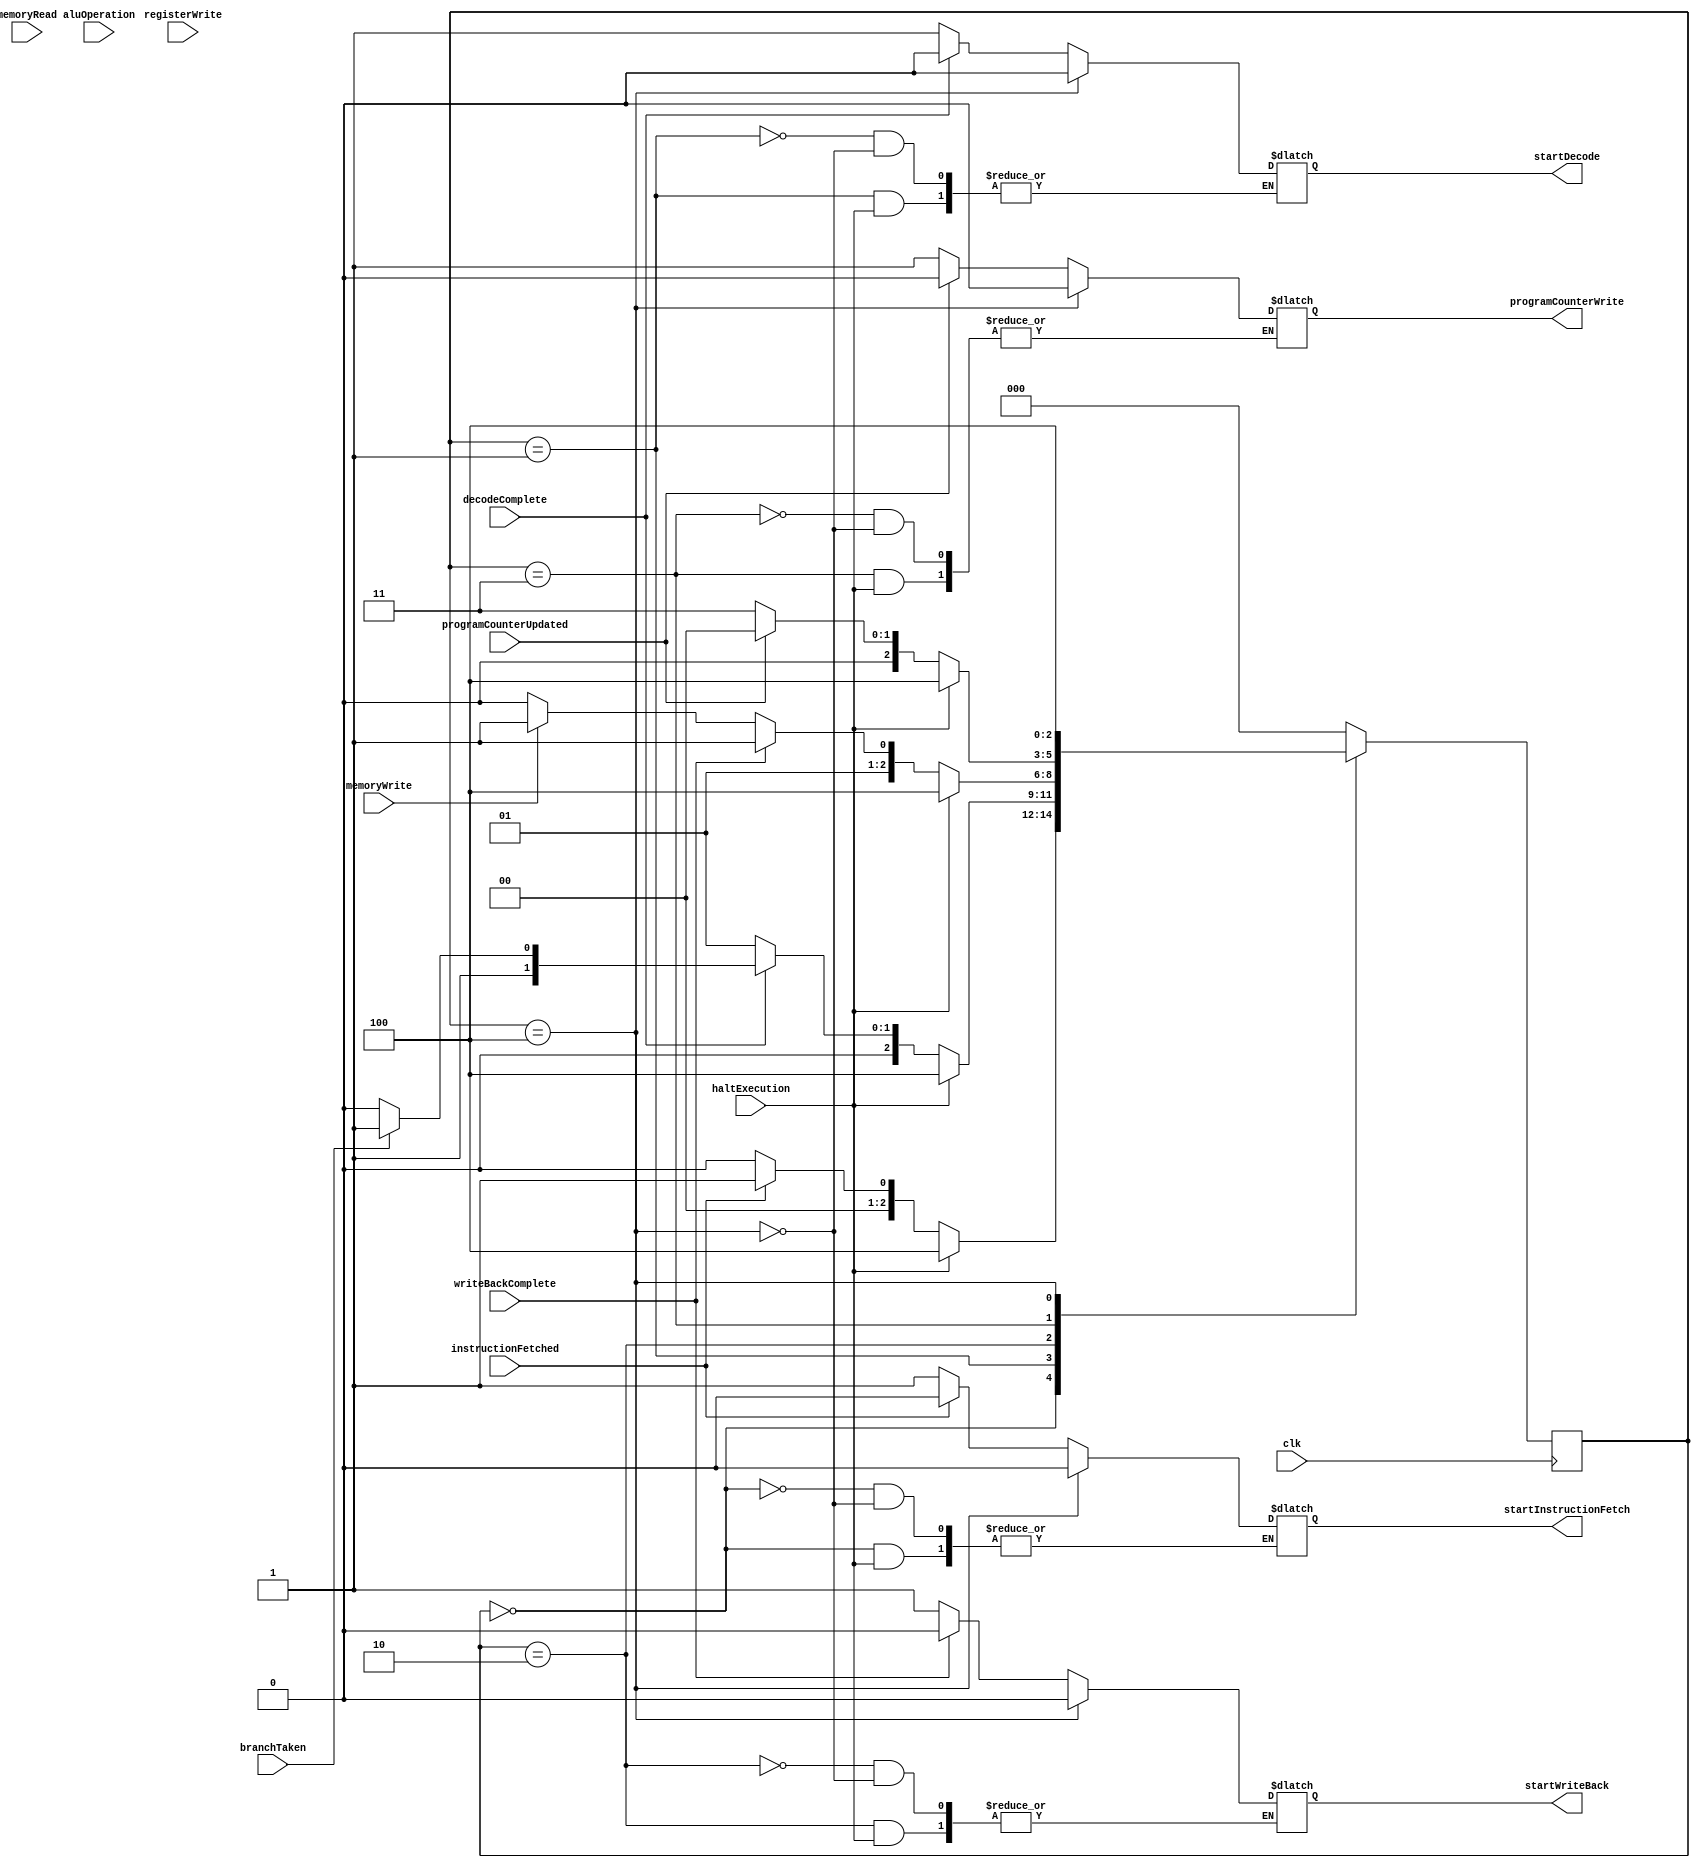
`timescale 1ns / 1ps

module ControlUnit(
    input wire clk,
    input wire programCounterUpdated,
    input wire instructionFetched,
    input wire registerWrite,
    input wire branchTaken,
    input wire haltExecution,
    input wire  memoryWrite, memoryRead,
    input wire decodeComplete, writeBackComplete,
    input wire [4:0] aluOperation,
    output reg startDecode,
    output reg programCounterWrite,
    output reg startInstructionFetch, startWriteBack
);

    reg [2:0] currentState, nextState;
    parameter Fetch = 3'd0, Decode = 3'd1, WriteBack = 3'd2, UpdatePC = 3'd3, HaltState = 3'd4;

    always @(currentState, haltExecution, programCounterUpdated, decodeComplete, instructionFetched, writeBackComplete, branchTaken, memoryWrite) begin
        case (currentState)
            // Instruction Fetch State
            Fetch: begin
                if (haltExecution)
                    nextState <= HaltState;
                else begin
                    startInstructionFetch <= 1;
                    if (instructionFetched) begin
                        nextState <= Decode;
                        startInstructionFetch <= 0;
                    end
                    else 
                        nextState <= Fetch;
                end
            end
            // Instruction Decode State
            Decode: begin
                if (haltExecution)
                    nextState <= HaltState;
                else begin
                    startDecode <= 1;
                    if (decodeComplete) begin
                        if (branchTaken == 1) begin
                            nextState <= UpdatePC;
                            startDecode <= 0;
                        end
                        else begin
                            nextState <= WriteBack;
                            startDecode <= 0;
                        end
                    end        
                    else
                        nextState <= Decode;                            
                end
            end
            // Write Back State
            WriteBack: begin
                if (haltExecution)
                    nextState <= HaltState;
                else begin
                    startWriteBack <= 1;
                    if (writeBackComplete) begin
                        nextState <= UpdatePC;
                        startWriteBack <= 0;
                    end
                    else if (memoryWrite) begin
                        nextState <= UpdatePC;
                    end    
                    else
                        nextState <= WriteBack;
                end
            end
            // Program Counter Update State
            UpdatePC: begin
                if (haltExecution)
                    nextState <= HaltState;
                else begin
                    programCounterWrite <= 1;
                    if (programCounterUpdated) begin
                        nextState <= Fetch;
                        programCounterWrite <= 0;
                    end    
                    else
                        nextState <= UpdatePC;
                end       
            end
            // Halt State
            HaltState: begin
                nextState <= HaltState;
                startInstructionFetch <= 0;
                startDecode <= 0;
                startWriteBack <= 0;
                programCounterWrite <= 0;
            end
            default: nextState <= Fetch;        
        endcase    
    end
 
    always @(posedge clk) begin
        currentState <= nextState;
    end

endmodule